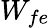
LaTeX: W_{fe}